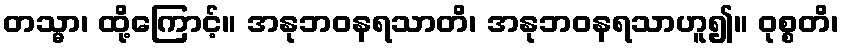
တသ္မာ၊ ထို့ကြောင့်။ အနုဘဝနရသာတိ၊ အနုဘဝနရသာဟူ၍။ ဝုစ္စတိ၊